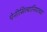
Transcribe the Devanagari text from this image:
पेनीसिल्वानियाच्या